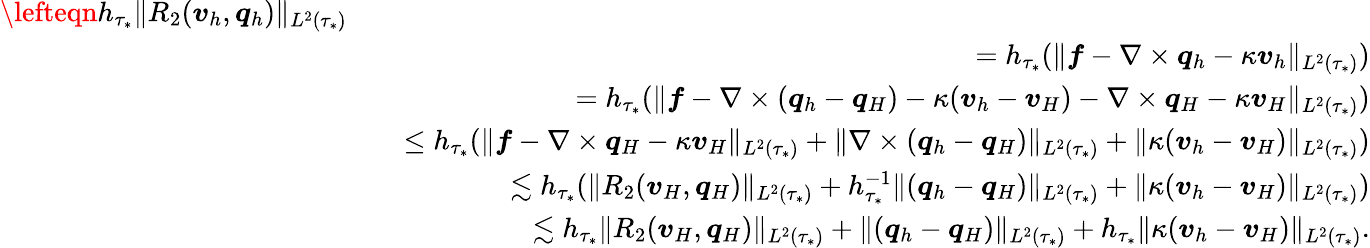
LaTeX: \begin{array}{rlr}{\lefteqn{h_{\tau_{*}}\| R_{2}(\boldsymbol{v}_{h},\boldsymbol{q}_{h})\| _{L^{2}(\tau_{*})}}}\\ &{}&{=h_{\tau_{*}}(\| \boldsymbol{f}-\nabla\times\boldsymbol{q}_{h}-\kappa\boldsymbol{v}_{h}\| _{L^{2}(\tau_{*})})}\\ &{}&{=h_{\tau_{*}}(\| \boldsymbol{f}-\nabla\times(\boldsymbol{q}_{h}-\boldsymbol{q}_{H})-\kappa(\boldsymbol{v}_{h}-\boldsymbol{v}_{H})-\nabla\times\boldsymbol{q}_{H}-\kappa\boldsymbol{v}_{H}\| _{L^{2}(\tau_{*})})}\\ &{}&{\leq h_{\tau_{*}}(\| \boldsymbol{f}-\nabla\times\boldsymbol{q}_{H}-\kappa\boldsymbol{v}_{H}\| _{L^{2}(\tau_{*})}+\| \nabla\times(\boldsymbol{q}_{h}-\boldsymbol{q}_{H})\| _{L^{2}(\tau_{*})}+\| \kappa(\boldsymbol{v}_{h}-\boldsymbol{v}_{H})\| _{L^{2}(\tau_{*})})}\\ &{}&{\lesssim h_{\tau_{*}}(\| R_{2}(\boldsymbol{v}_{H},\boldsymbol{q}_{H})\| _{L^{2}(\tau_{*})}+h_{\tau_{*}}^{-1}\| (\boldsymbol{q}_{h}-\boldsymbol{q}_{H})\| _{L^{2}(\tau_{*})}+\| \kappa(\boldsymbol{v}_{h}-\boldsymbol{v}_{H})\| _{L^{2}(\tau_{*})})}\\ &{}&{\lesssim h_{\tau_{*}}\| R_{2}(\boldsymbol{v}_{H},\boldsymbol{q}_{H})\| _{L^{2}(\tau_{*})}+\| (\boldsymbol{q}_{h}-\boldsymbol{q}_{H})\| _{L^{2}(\tau_{*})}+h_{\tau_{*}}\| \kappa(\boldsymbol{v}_{h}-\boldsymbol{v}_{H})\| _{L^{2}(\tau_{*})}.}\end{array}